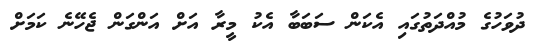
ދުވަހުގެ މުއްދަތުގައި އެކަން ސަބަބާ އެކު މީރާ އަށް އަންގަން ޖެހޭނެ ކަމަށް